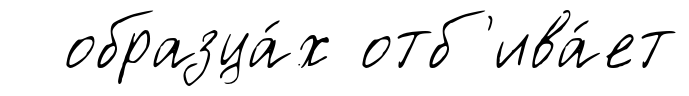
образца́х отб'ива́ет